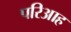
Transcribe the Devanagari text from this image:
परिआह